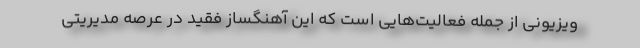
ویزیونی از جمله فعالیت‌هایی است که این آهنگساز فقید در عرصه مدیریتی